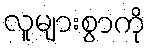
လူများစွာကို